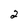
Character: 2